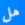
هل